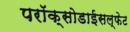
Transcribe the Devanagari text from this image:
परॉक्सोडाईसल्फेट